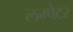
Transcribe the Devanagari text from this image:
लम्पेटर